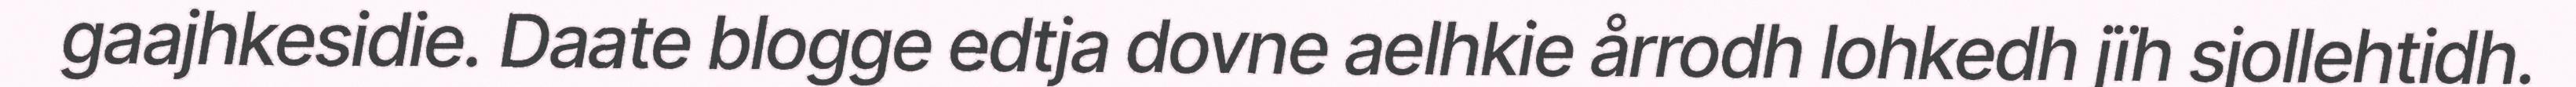
gaajhkesidie. Daate blogge edtja dovne aelhkie årrodh lohkedh jïh sjollehtidh.